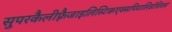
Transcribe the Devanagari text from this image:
सुपरकैलीफ़्रैजाइलिस्टिकएक्सपियालिडोसियस